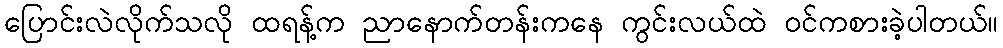
ပြောင်းလဲလိုက်သလို ထရန့်က ညာနောက်တန်းကနေ ကွင်းလယ်ထဲ ဝင်ကစားခဲ့ပါတယ်။